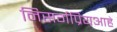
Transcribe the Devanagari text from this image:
निसर्गप्रियआहे